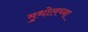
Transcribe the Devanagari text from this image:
मुधोलच्या